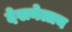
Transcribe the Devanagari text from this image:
देखनेलाय